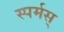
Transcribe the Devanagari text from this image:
स्पर्मस्‌